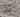
على